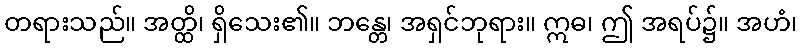
တရားသည်။ အတ္ထိ၊ ရှိသေး၏။ ဘန္တေ၊ အရှင်ဘုရား။ ဣဓ၊ ဤ အရပ်၌။ အဟံ၊